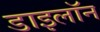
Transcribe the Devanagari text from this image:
डाइलॉन